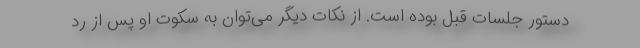
دستور جلسات قبل بوده است. از نکات دیگر می‌توان به سکوت او پس از رد